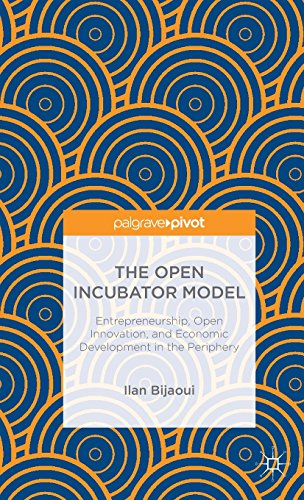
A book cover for The Open Incubator Model: Entrepreneurship, Open Innovation, and Economic Development in the Periphery; Ilan Bijaoui; Business & Money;